Vaccination North-Western Provinces 1866-1877 - 1866-1877
Year: 1866
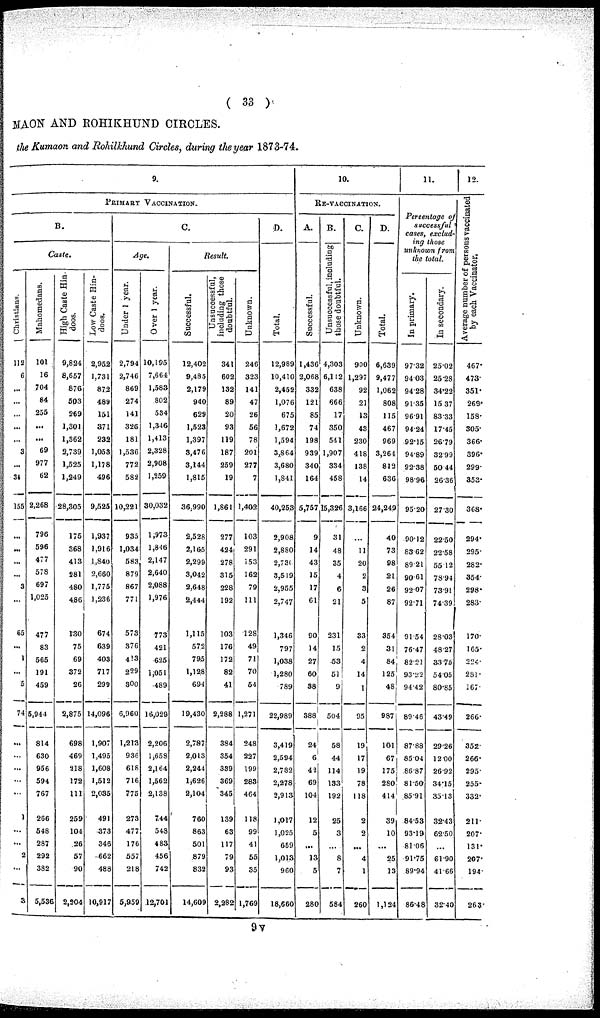
( 33 )
MAON AND ROHIKHUND CIRCLES.
the Kumaon and Rohilkhund Circles, during the year 1873-74.
9.
PRIMARY VACCINATION.
B.
Caste.
Christians.
112
6
...
...
...
...
...
3
...
34
155
...
...
...
...
3
65
...
1
...
5
74
...
...
...
...
...
1
...
...
2
...
3
Maliomedans.
101
16
704
84
255
...
...
69
977
62
2,268
796
596
477
578
697
1,025
477
83
565
191
459
5,944
814
630
956
594
767
266
548
287
292
382
5,536
High Caste Hin-
doos.
9,824
8,657
876
503
269
1,301
1,362
2,739
1,525
1,249
28,305
175
368
413
281
480
486
180
75
69
372
26
2,875
698
469
218
172
111
259
104
26
57
90
2,204
Low Caste Hin-
doos.
2,952
1,731
872
489
151
371
232
1,053
1,178
496
9,525
1,937
1,916
1,840
2,660
1,775
1,236
674
639
403
717
299
14,096
1,907
1,495
1,608
1,512
2,035
491
373
346
662
486
10,917
Age.
Under 1 year.
2,794
2,746
869
274
141
326
181
1,536
772
582
10,221
933
1,034
583
879
867
771
573
376
413
229
300
6,960
1,213
936
616
716
775
273
477
176
557
218
5,959
Over
1 year.
10,195
7,664
1,583
802
534
1,346
1,413
2,328
2,908
1,259
30,032
1,973
1,846
2,147
2,640
2,088
1,976
773
421
625
1,051
489
16,029
2,206
1,658
2,164
1,562
2,138
744
548
483
456
742
12,701
C.
Result.
Successful.
12,402
9,485
2,179
940
629
1,523
1,397
3,476
3,144
1,815
36,990
2,528
2,165
2,299
3,042
2,648
2,444
1,115
572
795
1,128
694
19,430
2,787
2,013
2,244
1,626
2,104
760
863
501
879
832
14,609
Unsuccessful,
including those
doubtful.
341
602
132
89
20
93
119
187
259
19
1,861
277
424
278
315
228
192
103
176
172
82
41
2,288
384
354
339
369
345
139
63
117
79
93
2,282
Unknown.
246
323
141
47
26
56
78
201
277
7
1,402
103
291
153
162
79
111
128
49
71
70
54
1,271
248
227
199
283
464
118
99
41
55
35
1,769
D.
Total.
12,989
10,410
2,452
1,076
675
1,672
1,594
3,864
3,680
1,841
40,253
2,908
2,880
2,730
3,519
2,955
2,747
1,346
797
1,038
1,280
789
22,989
3,419
2,594
2,782
2,278
2,913
1,017
1,095
65.9
1,013
960
18,660
10.
RE-VACCINATION.
A.
Successful.
1,436
2,068
332
121
85
74
198
939
340
164
5,757
9
14
43
15
17
61
90
14
27
60
98
388
24
6
42
69
104
12
5
...
13
5
280
B.
Unsuccessful, including
those doubtful.
4,303
6,112
638
666
17
350
541
1,907
334
458
15,326
31
48
35
4
6
21
231
15
53
51
9
504
58
44
114
133
192
25
3
...
8
7
584
C.
Unknown.
900
1,297
92
21
13
43
230
418
138
14
3,166
...
11
20
2
3
5
33
2
4
14
1
95
19
17
19
78
118
2
2
...
4
1
260
D.
Total.
6,639
9,477
1,062
808
115
467
969
3,264
812
636
24,249
40
73
98
21
26
87
354
31
84
125
48
987
101
67
175
280
414
39
10
...
25
13
1,124
11.
Percentage of
successful
cases, exclud-
ing those
unknown from
the total.
In primary.
97.32
94.03
94.28
91.35
96.91
94.24
92.15
94.89
92.38
98.96
95.20
90.12
83.62
89.21
90.61
92.07
92.71
91.54
76.47
82.21
93.22
94.42
89.46
87.88
85.04
86.87
81.50
85.91
84.53
93.19
81.06
91.75
89.94
86.48
In secondary.
25.02
25.28
34.22
15.37
83.33
17.45
26.79
32.99
50.44
26.36
27.30
22.50
22.58
55.12
78.94
73.91
74.39
28.03
48.27
33.75
54.05
80.85
43.49
29.26
12.00
26.92
34.15
35.13
32.43
62.50
...
61.90
41.66
32.40
12.
Average number of persons vaccinated
by each Vaccinator.
467.
473.
351.
269.
158.
305.
366.
396.
299.
353.
368.
294.
295.
282.
354.
298.
283.
170.
165.
224.
281.
167.
266.
352.
266.
295.
255.
332.
211.
207.
131.
207.
194
263
9v